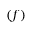
( f )